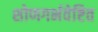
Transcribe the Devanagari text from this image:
शोणगर्भवेष्टित